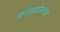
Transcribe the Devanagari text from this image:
जनआंदोलनांचा